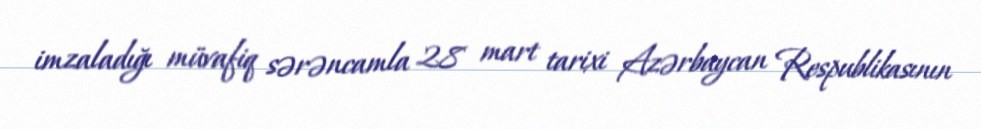
imzaladığı müvafiq sərəncamla 28 mart tarixi Azərbaycan Respublikasının